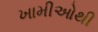
ખામીઓથી